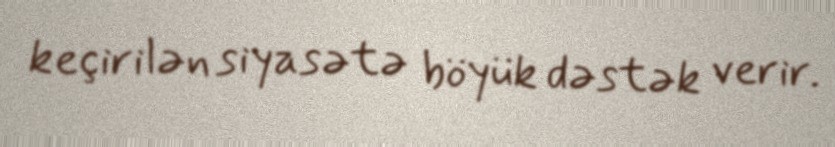
keçirilən siyasətə böyük dəstək verir.